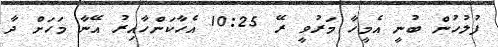
ފުލުހުން ބުނީ އެމީހާ މަރުވީ ރޭ 10:25 އެހާކަންހާއިރު އޭނާ މަހަށް ދާ